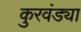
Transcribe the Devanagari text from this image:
कुरवंड्या